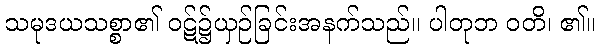
သမုဒယသစ္စာ၏ ဝဋ်၌ယှဉ်ခြင်းအနက်သည်။ ပါတုဘ ဝတိ၊ ၏။